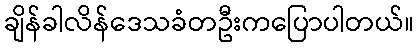
ချိန်ခါလိန်ဒေသခံတဦးကပြောပါတယ်။